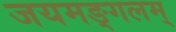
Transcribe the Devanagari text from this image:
जयमङ्गलम्‌